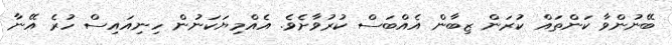
ބޭނުންވާ ކަންތައް ކުރަން ޒިބާން އެއްބަސް ކުރުވާށެވެ. އެއްމިޔަކަނުން ހިނިއައިސް ހުރެ އޭނާ